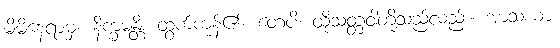
မိမိနေရာမှ။ နိက္ခမန္တိ၊ ထွက်ကုန်၏။ တေပိ၊ ထိုသတ္တဝါတို့သည်လည်း။ အာသယာ၊